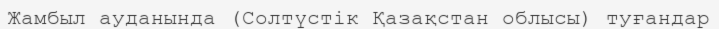
Жамбыл ауданында (Солтүстік Қазақстан облысы) туғандар